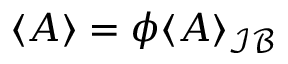
\langle A \rangle = \phi \langle A \rangle _ { \mathcal { I B } }